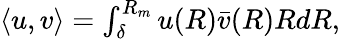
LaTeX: \begin{array}{r}{\langle u,v\rangle=\int_{\delta}^{R_{m}}u(R)\bar{v}(R)RdR,}\end{array}